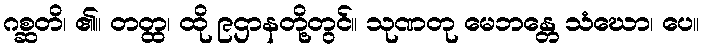
ဂစ္ဆတိ၊ ၏။ တတ္ထ၊ ထို ၉ဌာနတို့တွင်။ သုဏတု မေဘန္တေ သံဃော၊ ပေ။